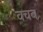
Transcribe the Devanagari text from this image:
वचब